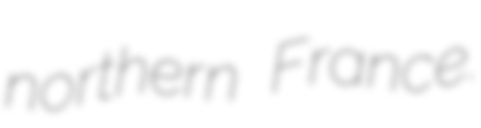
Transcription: northern France.